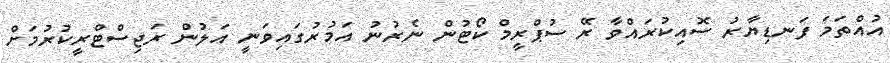
އުއްތަމަ ފަނޑިޔާރު ސޮއިކުރައްވާ ރޭ ސުޕްރީމް ކޯޓުން ނެރުނު އަމުރުގައިވަނީ އަލުން ރަޖިސްޓްރީކުރުމަށް